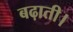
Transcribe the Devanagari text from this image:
बढ़ाती।